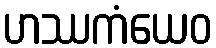
ဟဿကံယေဝ